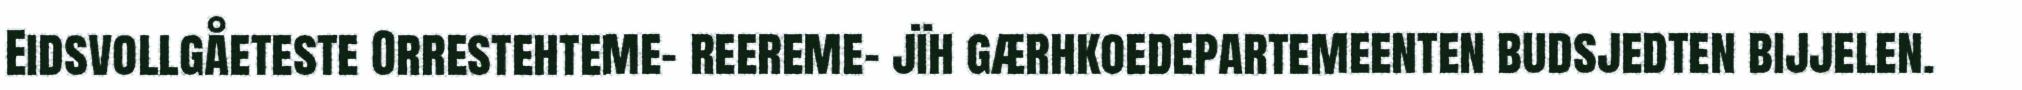
Eidsvollgåeteste Orrestehteme- reereme- jïh gærhkoedepartemeenten budsjedten bijjelen.